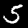
Digit: 5